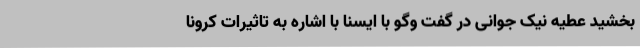
بخشید عطیه نیک جوانی در گفت وگو با ایسنا با اشاره به تاثیرات کرونا